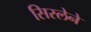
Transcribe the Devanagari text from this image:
सिस्लेने